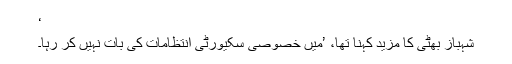
‘
شہباز بھٹی کا مزید کہنا تھا، ’میں خصوصی سکیورٹی انتظامات کی بات نہیں کر رہا۔